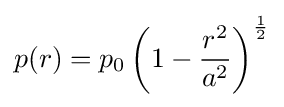
p(r)=p_{0}\left(1-{\frac {r^{2}}{a^{2}}}\right)^{\frac {1}{2}}